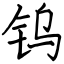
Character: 钨